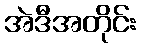
အဲဒီအတိုင်း